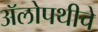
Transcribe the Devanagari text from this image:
अॅलोपथीचे